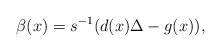
LaTeX: \begin{align*}\beta(x)=s^{-1}(d(x)\Delta-g(x)), \end{align*}